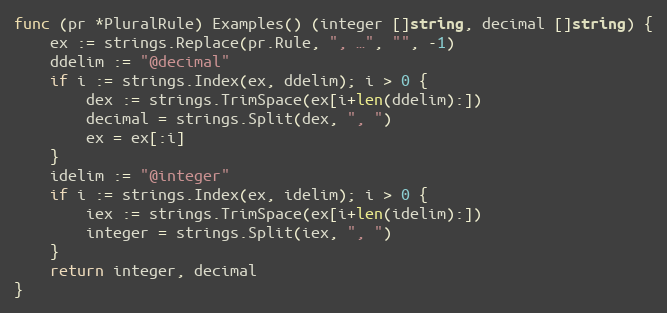
Language: Go
func (pr *PluralRule) Examples() (integer []string, decimal []string) {
	ex := strings.Replace(pr.Rule, ", …", "", -1)
	ddelim := "@decimal"
	if i := strings.Index(ex, ddelim); i > 0 {
		dex := strings.TrimSpace(ex[i+len(ddelim):])
		decimal = strings.Split(dex, ", ")
		ex = ex[:i]
	}
	idelim := "@integer"
	if i := strings.Index(ex, idelim); i > 0 {
		iex := strings.TrimSpace(ex[i+len(idelim):])
		integer = strings.Split(iex, ", ")
	}
	return integer, decimal
}